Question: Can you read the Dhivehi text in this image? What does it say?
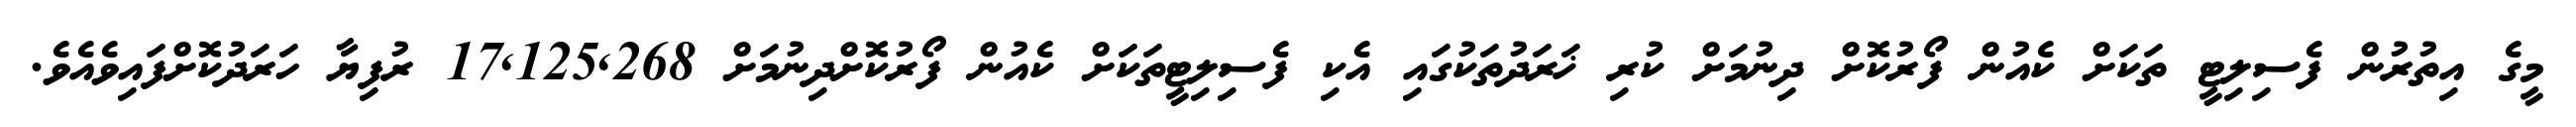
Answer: މީގެ އިތުރުން ފެސިލިޓީ ތަކަށް ކެއުން ފޯރުކޮށް ދިނުމަށް ކުރި ޚަރަދުތަކުގައި އެކި ފެސިލިޓީތަކަށް ކެއުން ފޯރުކޮށްދިނުމަށް 17,125,268 ރުފިޔާ ހަރަދުކޮށްފައިވެއެވެ.